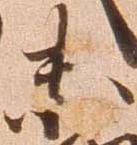
未